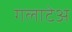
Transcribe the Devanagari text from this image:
गलाटेअ